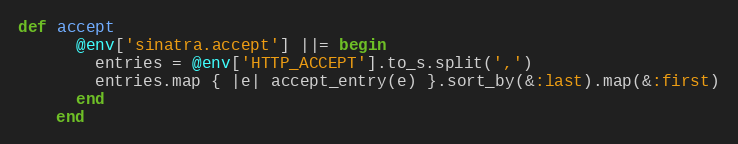
Language: Ruby
def accept
      @env['sinatra.accept'] ||= begin
        entries = @env['HTTP_ACCEPT'].to_s.split(',')
        entries.map { |e| accept_entry(e) }.sort_by(&:last).map(&:first)
      end
    end